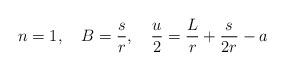
LaTeX: \begin{align*}n=1,~~~B={s\over r},~~~{u\over 2}={L\over r}+{s\over 2r}-a\end{align*}